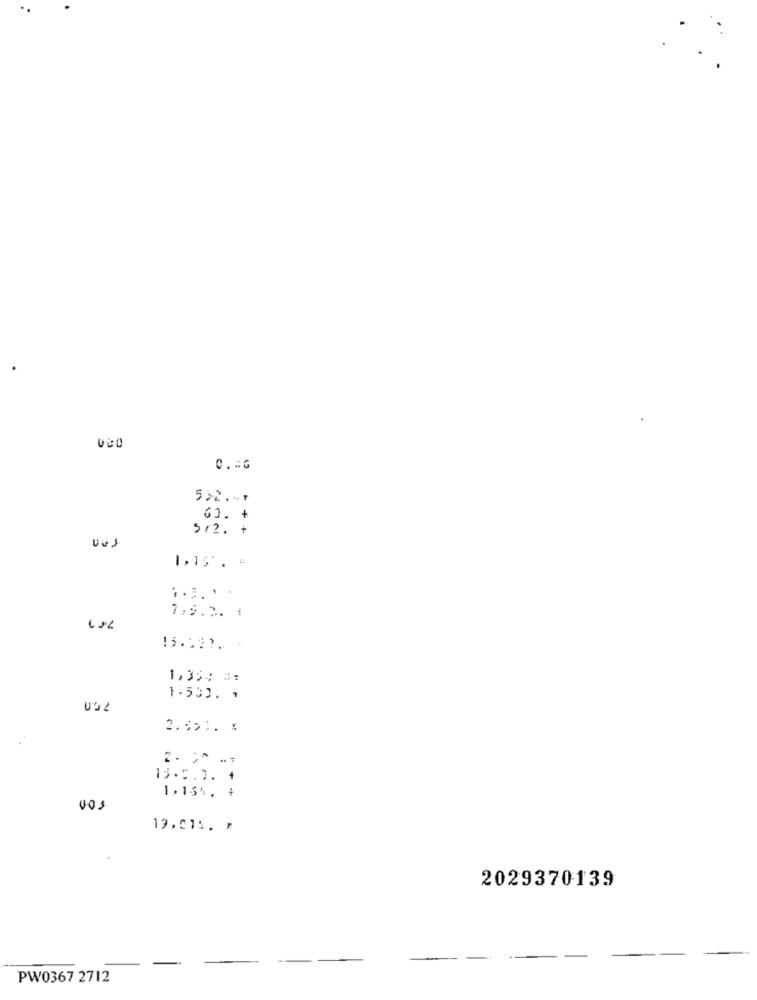
000
C .= G
55-2 ... +
60. +
512. +
1.15 . =
.... ..
7.9.2. 1
1,35: #:
1.500. .
2.39 :. :
13.0.0. +
1,154. +
003
19,071. *
2029370139
PW0367 2712